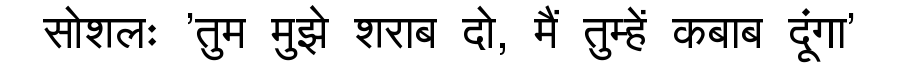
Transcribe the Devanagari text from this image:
सोशलः 'तुम मुझे शराब दो, मैं तुम्हें कबाब दूंगा'